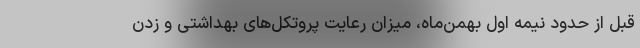
قبل از حدود نیمه اول بهمن‌ماه، میزان رعایت پروتکل‌های بهداشتی و زدن